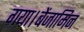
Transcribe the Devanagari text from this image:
गया।बेंजामिन